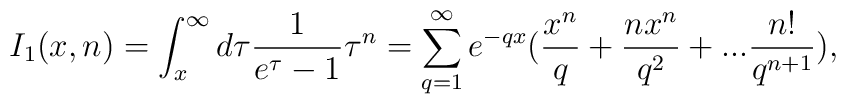
I_{1}(x,n)=\int_{x}^{\infty}d\tau\frac{1}{e^{\tau}-1}\tau^{n}=\sum_{q=1}^{\infty}e^{-qx}(\frac{x^{n}}{q}+\frac{nx^{n}}{q^{2}}+...\frac{n!}{q^{n+1}}),